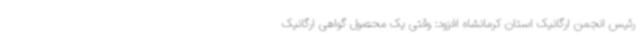
رئیس انجمن ارگانیک استان کرمانشاه افزود: وقتی یک محصول گواهی ارگانیک